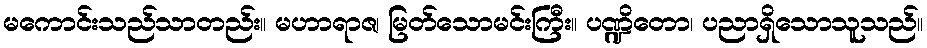
မကောင်းသည်သာတည်း။ မဟာရာဇ၊ မြတ်သောမင်းကြီး။ ပဏ္ဍိတော၊ ပညာရှိသောသူသည်။